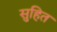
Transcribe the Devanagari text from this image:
सुहित